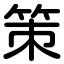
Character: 策